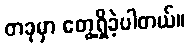
တခုမှာ တွေ့ရှိခဲ့ပါတယ်။